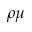
\rho \mu